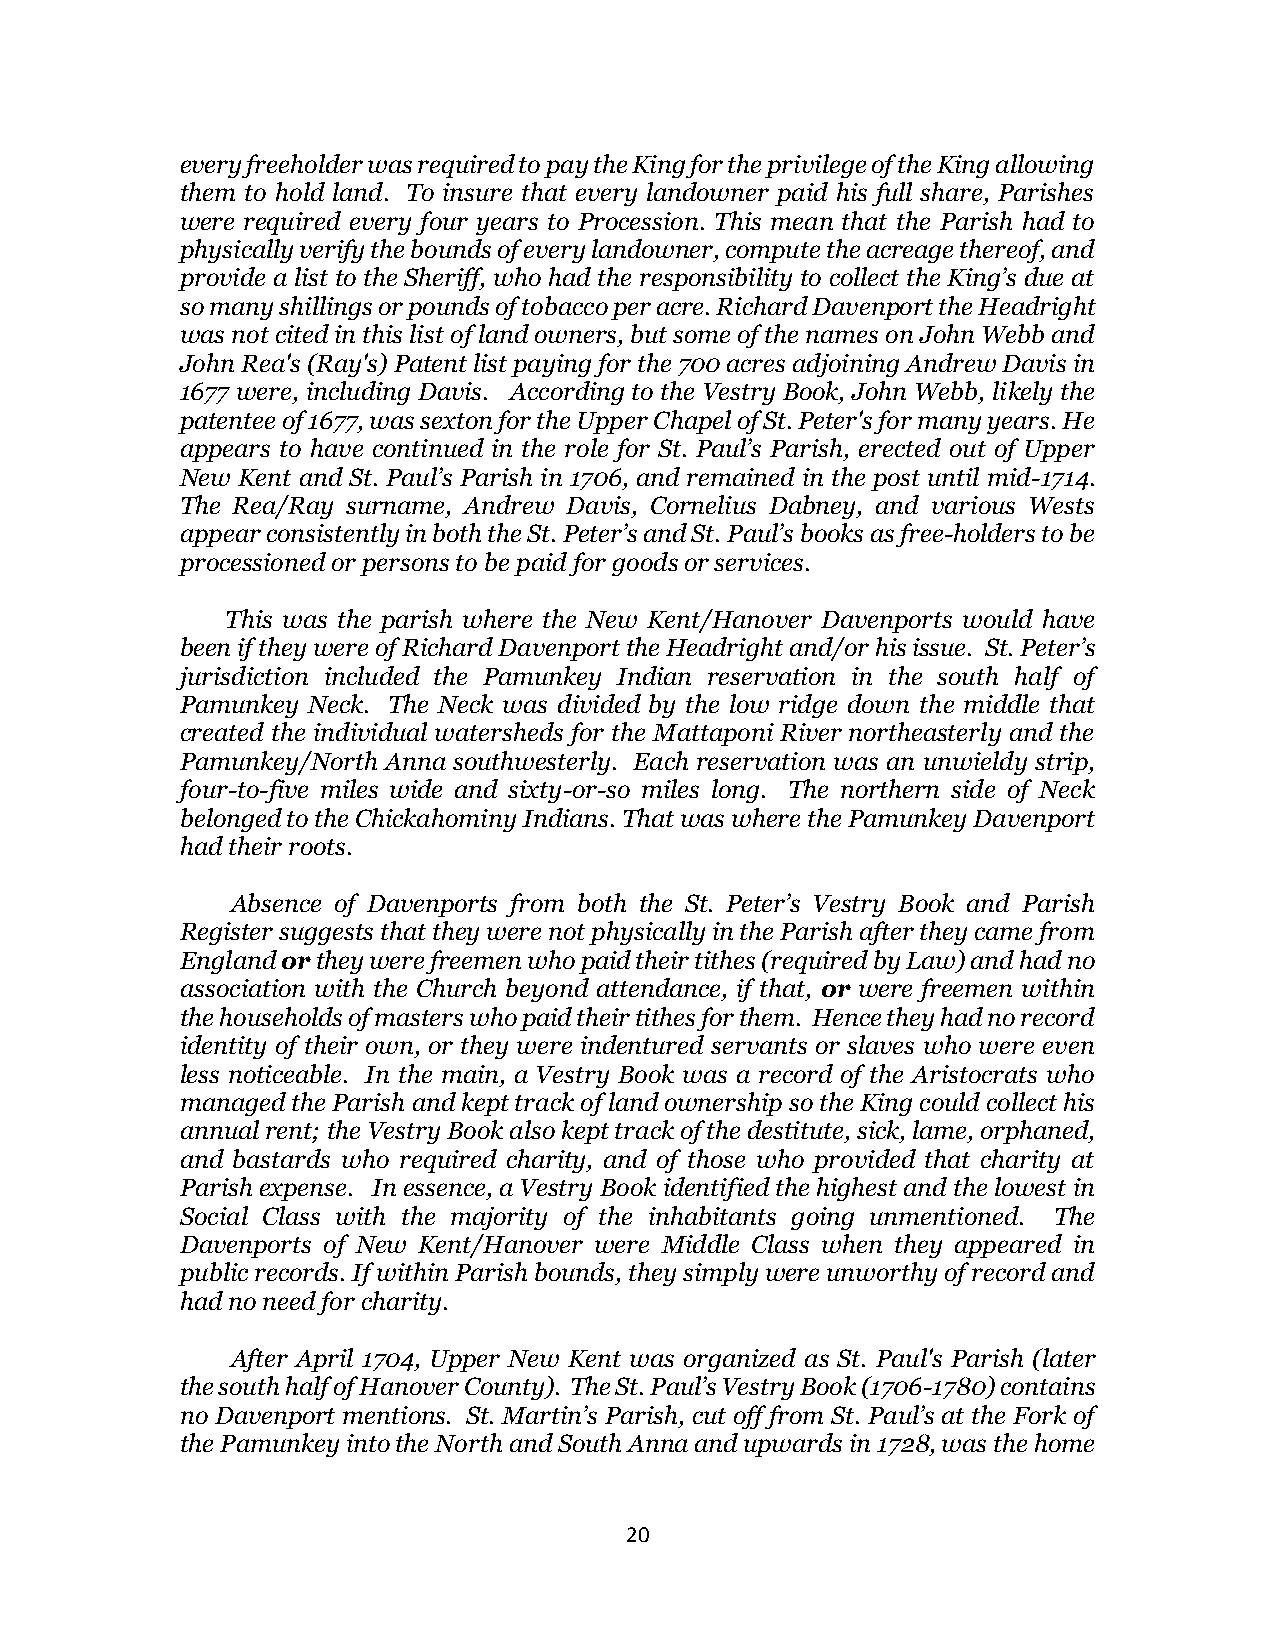
every freeholder was required to pay the King for the privilege of the King allowing
 them to hold land. To insure that every landowner paid his full share, Parishes
 were required every four years to Procession. This mean that the Parish had to
 physically verify the bounds of every landowner, compute the acreage thereof, and
 provide a list to the Sheriff, who had the responsibility to collect the King’s due at
 so many shillings or pounds of tobacco per acre. Richard Davenport the Headright
 was not cited in this list of land owners, but some of the names on John Webb and
 John Rea's (Ray's) Patent list paying for the 700 acres adjoining Andrew Davis in
 1677 were, including Davis. According to the Vestry Book, John Webb, likely the
 patentee of 1677, was sexton for the Upper Chapel of St. Peter's for many years. He
 appears to have continued in the role for St. Paul’s Parish, erected out of Upper
 New Kent and St. Paul’s Parish in 1706, and remained in the post until mid-1714.
 The Rea/Ray surname, Andrew Davis, Cornelius Dabney, and various Wests
 appear consistently in both the St. Peter’s and St. Paul’s books as free-holders to be
 processioned or persons to be paid for goods or services.
 This was the parish where the New Kent/Hanover Davenports would have
 been if they were of Richard Davenport the Headright and/or his issue. St. Peter’s
 jurisdiction included the Pamunkey Indian reservation in the south half of
 Pamunkey Neck. The Neck was divided by the low ridge down the middle that
 created the individual watersheds for the Mattaponi River northeasterly and the
 Pamunkey/North Anna southwesterly. Each reservation was an unwieldy strip,
 four-to-five miles wide and sixty-or-so miles long. The northern side of Neck
 belonged to the Chickahominy Indians. That was where the Pamunkey Davenport
 had their roots.
 Absence of Davenports from both the St. Peter’s Vestry Book and Parish
 Register suggests that they were not physically in the Parish after they came from
 England or they were freemen who paid their tithes (required by Law) and had no
 association with the Church beyond attendance, if that, or were freemen within
 the households of masters who paid their tithes for them. Hence they had no record
 identity of their own, or they were indentured servants or slaves who were even
 less noticeable. In the main, a Vestry Book was a record of the Aristocrats who
 managed the Parish and kept track of land ownership so the King could collect his
 annual rent; the Vestry Book also kept track of the destitute, sick, lame, orphaned,
 and bastards who required charity, and of those who provided that charity at
 Parish expense. In essence, a Vestry Book identified the highest and the lowest in
 Social Class with the majority of the inhabitants going unmentioned. The
 Davenports of New Kent/Hanover were Middle Class when they appeared in
 public records. If within Parish bounds, they simply were unworthy of record and
 had no need for charity.
 After April 1704, Upper New Kent was organized as St. Paul's Parish (later
 the south half of Hanover County). The St. Paul’s Vestry Book (1706-1780) contains
 no Davenport mentions. St. Martin’s Parish, cut off from St. Paul’s at the Fork of
 the Pamunkey into the North and South Anna and upwards in 1728, was the home
 20